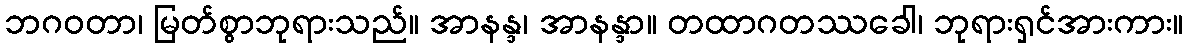
ဘဂဝတာ၊ မြတ်စွာဘုရားသည်။ အာနန္ဒ၊ အာနန္ဒာ။ တထာဂတဿခေါ၊ ဘုရားရှင်အားကား။